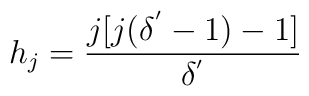
h_{j}=\frac{j[j(\delta^{'}-1)-1]}{\delta^{'}}